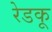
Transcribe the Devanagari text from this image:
रेडकू